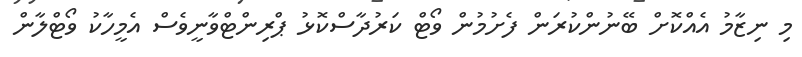
މި ނިޒާމު އެއްކޮށް ބޭނުންކުރަން ފެށުމުން ވޯޓް ކަރުދާސްކޮޅު ޕްރިންޓްވާނީވެސް އެމީހާކު ވޯޓްލާން